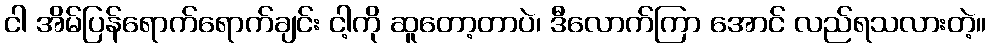
ငါ အိမ်ပြန်ရောက်ရောက်ချင်း ငါ့ကို ဆူတော့တာပဲ၊ ဒီလောက်ကြာ အောင် လည်ရသလားတဲ့။